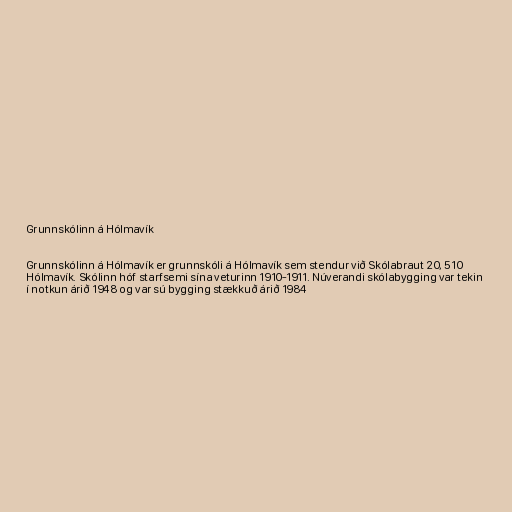
Grunnskólinn á Hólmavík

Grunnskólinn á Hólmavík er grunnskóli á Hólmavík sem stendur við Skólabraut 20, 510
Hólmavík. Skólinn hóf starfsemi sína veturinn 1910-1911. Núverandi skólabygging var tekin
í notkun árið 1948 og var sú bygging stækkuð árið 1984